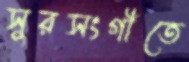
সুরসংগীতে